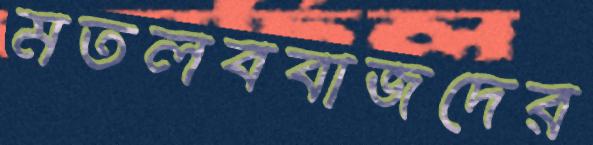
মতলববাজদের